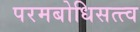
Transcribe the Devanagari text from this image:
परमबोधिसत्त्व